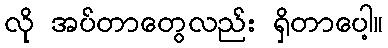
လို အပ်တာတွေလည်း ရှိတာပေါ့။